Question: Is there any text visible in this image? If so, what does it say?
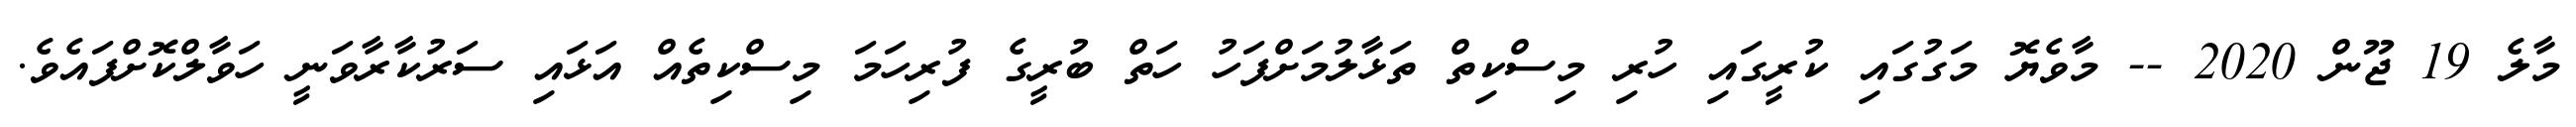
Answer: މާލެ 19 ޖޫން 2020 -- މާވެޔޮ މަގުގައި ކުރީގައި ހުރި މިސްކިތް ތަޅާލުމަށްފަހު ހަތް ބުރީގެ ފުރިހަމަ މިސްކިތެއް އަޅައި ސަރުކާރާވަނީ ހަވާލްކޮށްފައެވެ.